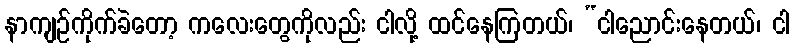
နာကျဉ်ကိုက်ခဲတော့ ကလေးတွေကိုလည်း ငါလို့ ထင်နေကြတယ်၊ “ငါညောင်းနေတယ်၊ ငါ